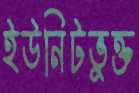
ইউনিটভুক্ত